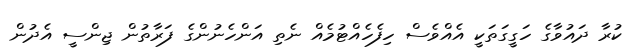
ކުރާ ދައުވާގެ ހަގީގަތަކީ އެއްވެސް ހިފެހެއްޓުމެއް ނެތި އަންހެނުންގެ ފަރާތުން ޖިންސީ އެދުން